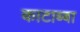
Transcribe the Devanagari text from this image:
काटाब्बा